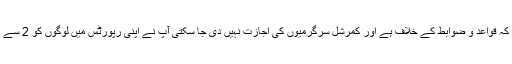
جسٹس دوست محمد نے کہا کہ قواعد و ضوابط کے خلاف ہے اور کمرشل سرگرمیوں کی اجازت نہیں دی جا سکتی آپ نے اپنی رپورٹس میں لوگوں کو 2 سے 3 سال تک کا وقت دے دیا ۔